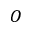
O